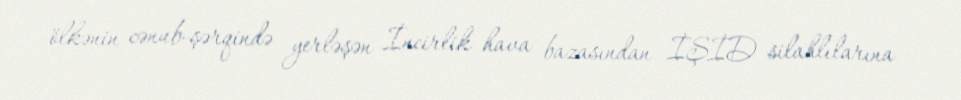
ölkənin cənub-şərqində yerləşən İncirlik hava bazasından İŞİD silahlılarına